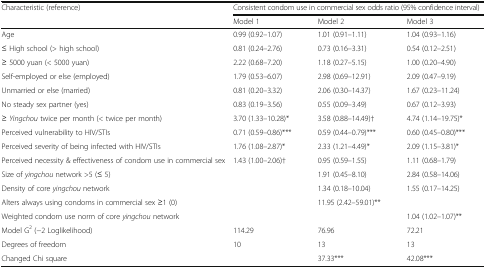
<table><thead><tr><td rowspan="2"><b>Characteristic (reference)</b></td><td colspan="3"><b>Consistent condom use in commercial sex odds ratio (95% confidence interval)</b></td></tr><tr><td><b>Model 1</b></td><td><b>Model 2</b></td><td><b>Model 3</b></td></tr></thead><tbody><tr><td>Age</td><td>0.99 (0.92–1.07)</td><td>1.01 (0.91–1.11)</td><td>1.04 (0.93–1.16)</td></tr><tr><td>≤ High school (&gt; high school)</td><td>0.81 (0.24–2.76)</td><td>0.73 (0.16–3.31)</td><td>0.54 (0.12–2.51)</td></tr><tr><td>≥ 5000 yuan (&lt; 5000 yuan)</td><td>2.22 (0.68–7.20)</td><td>1.18 (0.27–5.15)</td><td>1.00 (0.20–4.90)</td></tr><tr><td>Self-employed or else (employed)</td><td>1.79 (0.53–6.07)</td><td>2.98 (0.69–12.91)</td><td>2.09 (0.47–9.19)</td></tr><tr><td>Unmarried or else (married)</td><td>0.81 (0.20–3.32)</td><td>2.06 (0.30–14.37)</td><td>1.67 (0.23–11.24)</td></tr><tr><td>No steady sex partner (yes)</td><td>0.83 (0.19–3.56)</td><td>0.55 (0.09–3.49)</td><td>0.67 (0.12–3.93)</td></tr><tr><td>≥ <i>Yingchou</i> twice per month (&lt; twice per month)</td><td>3.70 (1.33–10.28)*</td><td>3.58 (0.88–14.49)†</td><td>4.74 (1.14–19.75)*</td></tr><tr><td>Perceived vulnerability to HIV/STIs</td><td>0.71 (0.59–0.86)***</td><td>0.59 (0.44–0.79)***</td><td>0.60 (0.45–0.80)***</td></tr><tr><td>Perceived severity of being infected with HIV/STIs</td><td>1.76 (1.08–2.87)*</td><td>2.33 (1.21–4.49)*</td><td>2.09 (1.15–3.81)*</td></tr><tr><td>Perceived necessity &amp; effectiveness of condom use in commercial sex</td><td>1.43 (1.00–2.06)†</td><td>0.95 (0.59–1.55)</td><td>1.11 (0.68–1.79)</td></tr><tr><td>Size of <i>yingchou</i> network &gt;5 (≤ 5)</td><td></td><td>1.91 (0.45–8.10)</td><td>2.84 (0.58–14.06)</td></tr><tr><td>Density of core <i>yingchou</i> network</td><td></td><td>1.34 (0.18–10.04)</td><td>1.55 (0.17–14.25)</td></tr><tr><td>Alters always using condoms in commercial sex ≥1 (0)</td><td></td><td>11.95 (2.42–59.01)**</td><td></td></tr><tr><td>Weighted condom use norm of core <i>yingchou</i> network</td><td></td><td></td><td>1.04 (1.02–1.07)**</td></tr><tr><td>Model G<sup>2</sup> (−2 Loglikelihood)</td><td>114.29</td><td>76.96</td><td>72.21</td></tr><tr><td>Degrees of freedom</td><td>10</td><td>13</td><td>13</td></tr><tr><td>Changed Chi square</td><td></td><td>37.33***</td><td>42.08***</td></tr></tbody></table>